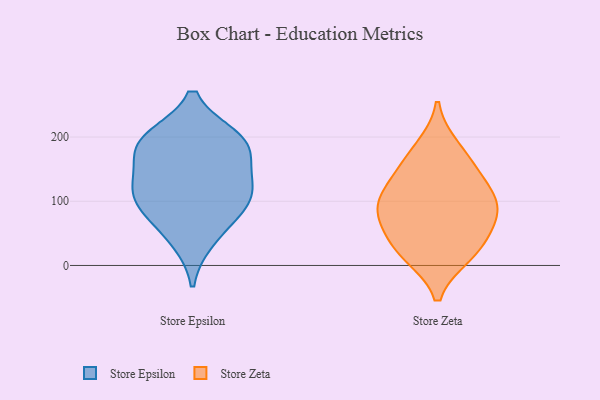
{"axis": {"x": "Page Views", "y": "Value"}, "legend": ["Store Epsilon", "Store Zeta"], "data": [{"x": "", "y": 40, "type": "Store Epsilon"}, {"x": "", "y": 187, "type": "Store Epsilon"}, {"x": "", "y": 124, "type": "Store Epsilon"}, {"x": "", "y": 80, "type": "Store Epsilon"}, {"x": "", "y": 112, "type": "Store Epsilon"}, {"x": "", "y": 132, "type": "Store Epsilon"}, {"x": "", "y": 94, "type": "Store Epsilon"}, {"x": "", "y": 198, "type": "Store Epsilon"}, {"x": "", "y": 196, "type": "Store Epsilon"}, {"x": "", "y": 179, "type": "Store Epsilon"}, {"x": "", "y": 136, "type": "Store Zeta"}, {"x": "", "y": 17, "type": "Store Zeta"}, {"x": "", "y": 93, "type": "Store Zeta"}, {"x": "", "y": 110, "type": "Store Zeta"}, {"x": "", "y": 97, "type": "Store Zeta"}, {"x": "", "y": 158, "type": "Store Zeta"}, {"x": "", "y": 21, "type": "Store Zeta"}, {"x": "", "y": 76, "type": "Store Zeta"}, {"x": "", "y": 70, "type": "Store Zeta"}, {"x": "", "y": 183, "type": "Store Zeta"}, {"x": "", "y": 34, "type": "Store Zeta"}]}